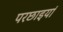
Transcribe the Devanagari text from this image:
परछाइयां